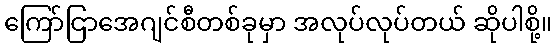
ကြော်ငြာအေဂျင်စီတစ်ခုမှာ အလုပ်လုပ်တယ် ဆိုပါစို့။